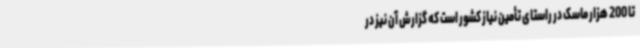
تا 200 هزار ماسک در راستای تأمین نیاز کشور است که گزارش آن نیز در